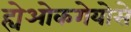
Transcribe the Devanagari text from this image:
ह्येओकगेयोसे